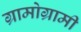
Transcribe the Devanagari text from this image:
ग्रामोग्रामी